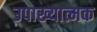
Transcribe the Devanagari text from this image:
उपाख्यात्मक